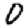
Digit: 0